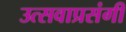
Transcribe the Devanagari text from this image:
उत्सवाप्रसंगी